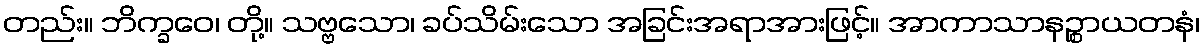
တည်း။ ဘိက္ခဝေ၊ တို့။ သဗ္ဗသော၊ ခပ်သိမ်းသော အခြင်းအရာအားဖြင့်။ အာကာသာနဉ္စာယတနံ၊